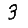
Digit: 3